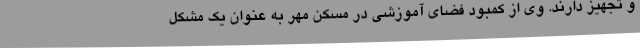
و تجهیز دارند. وی از کمبود فضای آموزشی در مسکن مهر به عنوان یک مشکل